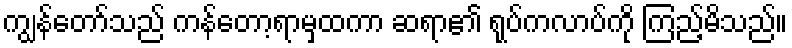
ကျွန်တော်သည် ကန်တော့ရာမှထကာ ဆရာ၏ ရုပ်ကလာပ်ကို ကြည့်မိသည်။